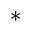
*